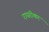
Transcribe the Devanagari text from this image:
रायरीकर